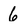
Character: 6